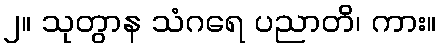
၂။ သုတွာန သံဂရေ ပညာတိ၊ ကား။